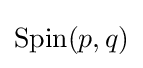
{\text{Spin}}(p,q)